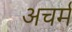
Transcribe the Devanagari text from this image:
अचर्म